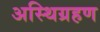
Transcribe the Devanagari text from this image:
अस्थिग्रहण